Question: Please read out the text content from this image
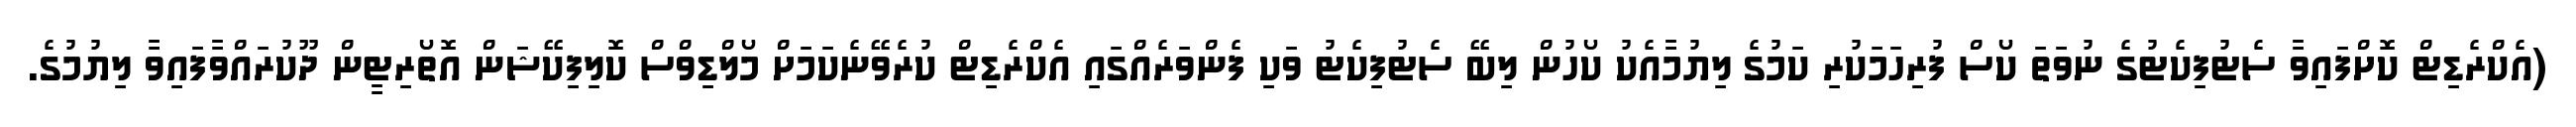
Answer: (އެކްރެޑިޓް ކޮށްފައިވާ ސެޓުފިކެޓުގެ ނުވަތަ ކޯސް ފުރިހަމަކުރި ކަމުގެ ލިޔުމާއެކު ކޯހުން ލިބޭ ސެޓުފިކެޓު ވަކި ފެންވަރެއްގައި އެކްރެޑިޓް ކުރެވޭނެކަމަށް މޯލްޑިވްސް ކޮލިފިކޭޝަން އޮތޯރިޓީން ދޫކުރައްވާފައިވާ ލިޔުމުގެ.